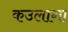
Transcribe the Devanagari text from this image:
कउलागा